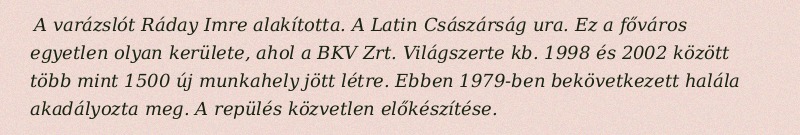
A varázslót Ráday Imre alakította. A Latin Császárság ura. Ez a főváros egyetlen olyan kerülete, ahol a BKV Zrt. Világszerte kb. 1998 és 2002 között több mint 1500 új munkahely jött létre. Ebben 1979-ben bekövetkezett halála akadályozta meg. A repülés közvetlen előkészítése.